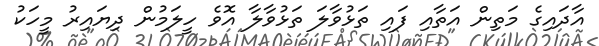
އާދައިގެ މަތިން އަތާއި ފައި ތަޅުވާލަ ތަޅުވާލާ އޮވެ ހީލަމުން ދިޔައިރު މީހަކު